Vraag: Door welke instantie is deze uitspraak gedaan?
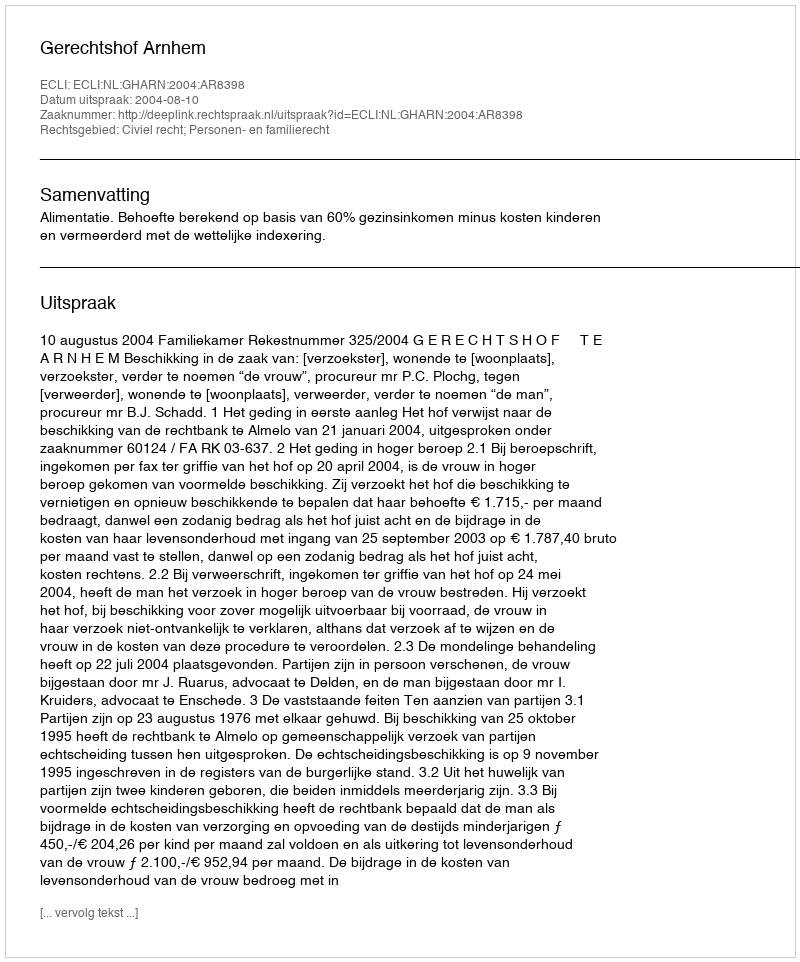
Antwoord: Gerechtshof Arnhem